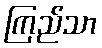
ကြည်သာ